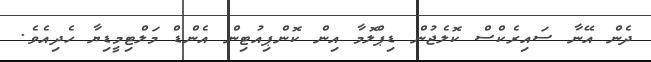
ދެން އޭނާ ސައިރެކްސް ކޮލެޖުން ޑިޕްލޮމާ އިން ކޮންޕިއުޓިން އެންޑް މަލްޓިމީޑިޔާ ހެދިއެވެ.